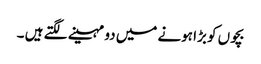
بچوں کو بڑا ہونے میں دو مہینے لگتے ہیں ۔